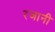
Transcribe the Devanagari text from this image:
रजानी